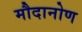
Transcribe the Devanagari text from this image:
मौदानोण